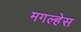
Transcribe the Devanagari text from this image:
मगल्हेस